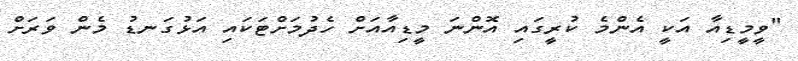
"ވީމީޑިއާ އަކީ އެންމެ ކުރީގައި އޮންނަ މީޑިއާއަށް ހެދުމަށްޓަކައި އަޅުގަނޑު މެން ވަރަށް